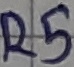
Text: R5